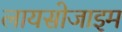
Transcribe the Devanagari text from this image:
लायसोजाइम